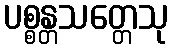
ပစ္စန္တသတ္တေသု